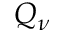
Q _ { \nu }